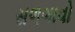
સળગાવો